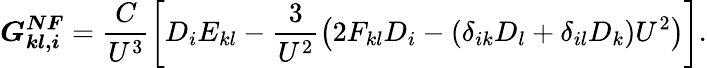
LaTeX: \boldsymbol{G_{kl,i}^{NF}}=\frac{C}{U^{3}}\left[D_{i}E_{kl}-\frac{3}{U^{2}}\left(2F_{kl}D_{i}-(\delta_{ik}D_{l}+\delta_{il}D_{k})U^{2}\right)\right].